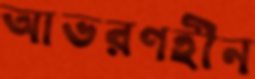
আভরণহীন